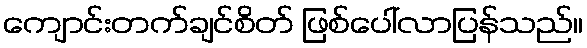
ကျောင်းတက်ချင်စိတ် ဖြစ်ပေါ်လာပြန်သည်။